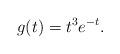
LaTeX: \begin{align*} g(t) = t^3 e^{-t}.\end{align*}